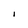
Character: l